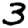
Digit: 3